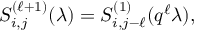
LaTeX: S _ { i , j } ^ { ( \ell + 1 ) } ( \lambda ) = S _ { i , j - \ell } ^ { ( 1 ) } ( q ^ { \ell } \lambda ) ,